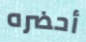
أحضره